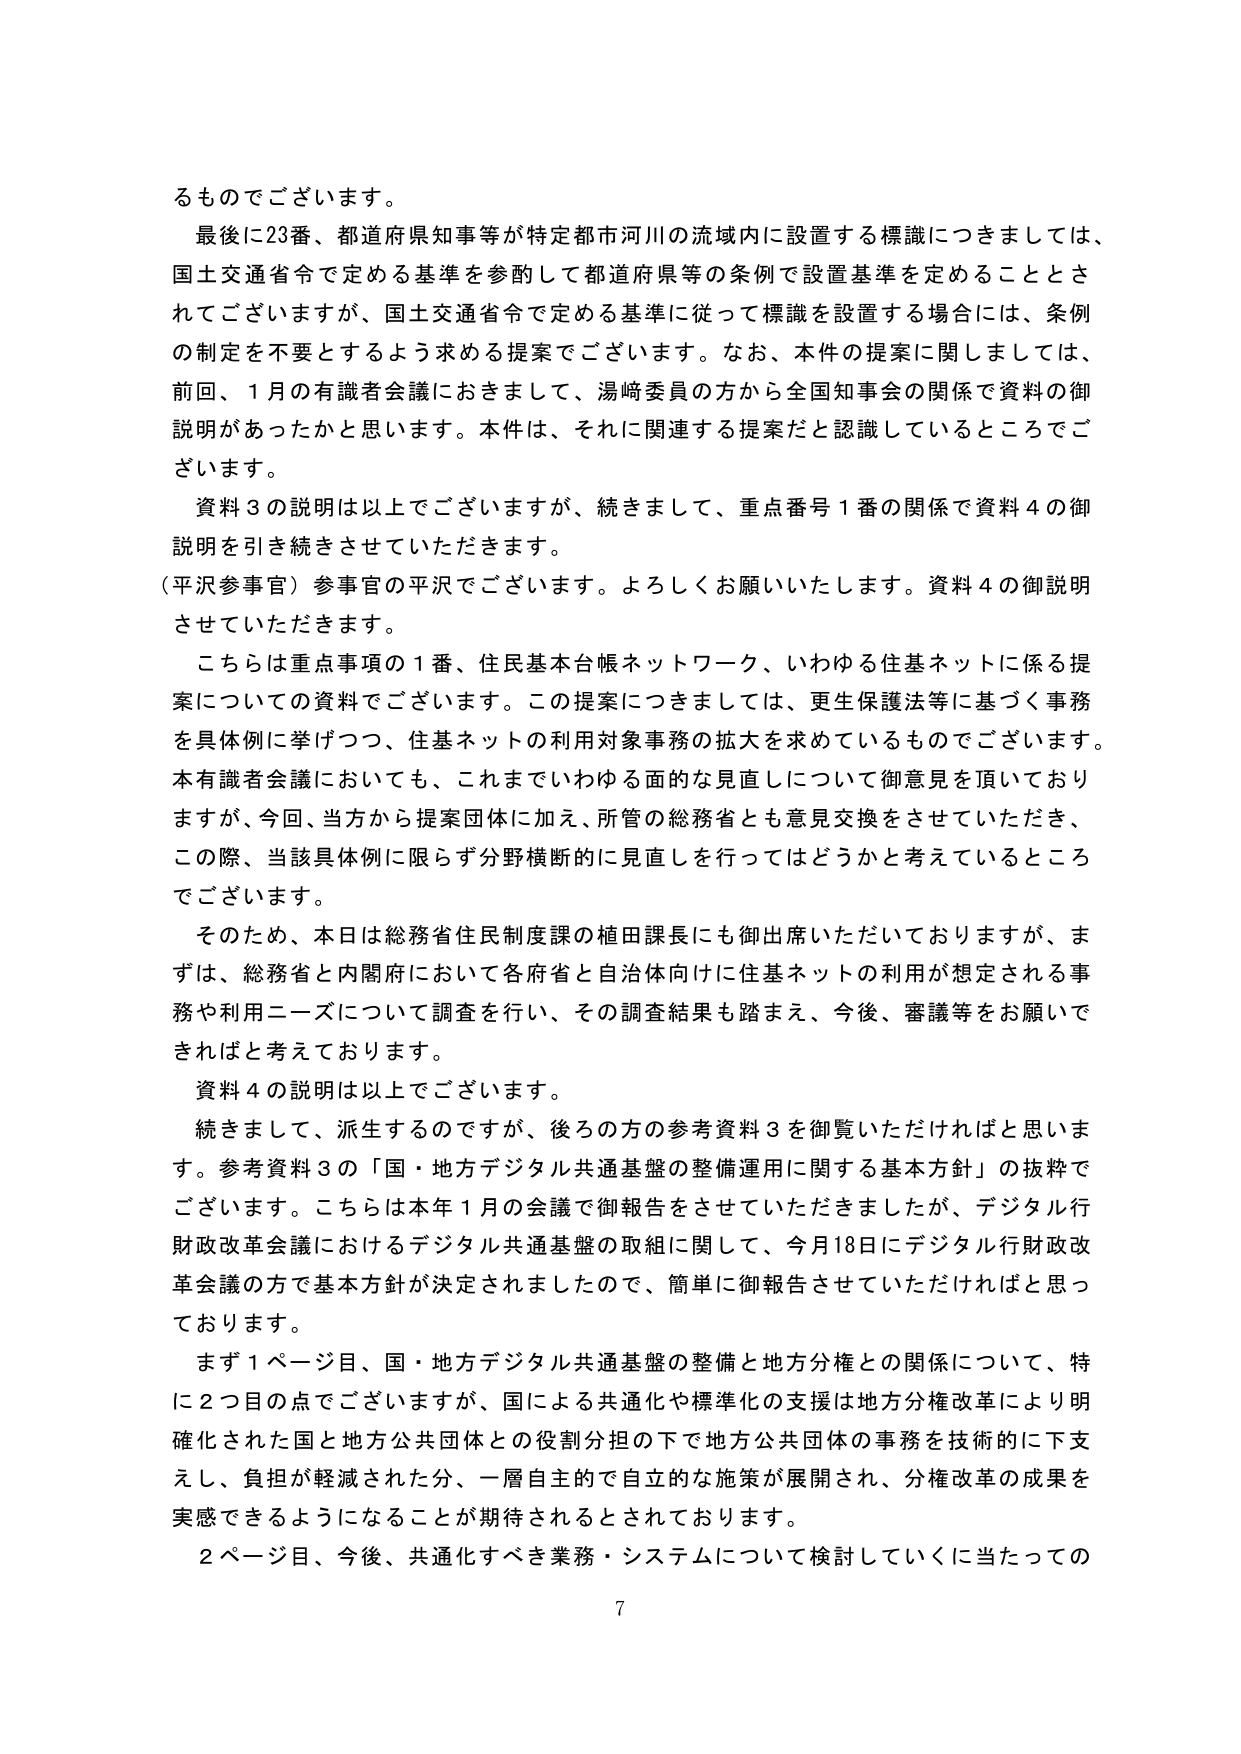
るものでございます。

最後に23番、都道府県知事等が特定都市河川の流域内に設置する標識につきましては、
国土交通省令で定める基準を参酌して都道府県等の条例で設置基準を定めることとさ
れてございますが、国土交通省令で定める基準に従って標識を設置する場合には、条例
の制定を不要とするよう求める提案でございます。なお、本件の提案に関しましては、
前回、1月の有識者会議におきまして、湯崎委員の方から全国知事会の関係で資料の御
説明があったかと思います。本件は、それに関連する提案だと認識しているところでご
ざいます。

資料3の説明は以上でございますが、続きまして、重点番号1番の関係で資料4の御
説明を引き続きさせていただきます。
（平沢参事官）参事官の平沢でございます。よろしくお願いいたします。資料4の御説明
させていただきます。

こちらは重点事項の1番、住民基本台帳ネットワーク、いわゆる住基ネットに係る提
案についての資料でございます。この提案につきましては、更生保護法等に基づく事務
を具体例に挙げつつ、住基ネットの利用対象事務の拡大を求めているものでございます。
本有識者会議においても、これまでいわゆる面的な見直しについて御意見を頂いており
ますが、今回、当方から提案団体に加え、所管の総務省とも意見交換をさせていただき、
この際、当該具体例に限らず分野横断的に見直しを行ってはどうかと考えているところ
でございます。

そのため、本日は総務省住民制度課の植田課長にも御出席いただいておりますが、ま
ずは、総務省と内閣府において各府省と自治体向けに住基ネットの利用が想定される事
務や利用ニーズについて調査を行い、その調査結果も踏まえ、今後、審議等をお願いで
きればと考えております。

資料4の説明は以上でございます。

続きまして、派生するのですが、後ろの方の参考資料3を御覧いただければと思いま
す。参考資料3の「国・地方デジタル共通基盤の整備運用に関する基本方針」の抜粋で
ございます。こちらは本年1月の会議で御報告をさせていただきましたが、デジタル行
財政改革会議におけるデジタル共通基盤の取組に関して、今月18日にデジタル行財政改
革会議の方で基本方針が決定されましたので、簡単に御報告させていただければと思っ
ております。

まず1ページ目、国・地方デジタル共通基盤の整備と地方分権との関係について、特
に2つ目の点でございますが、国による共通化や標準化の支援は地方分権改革により明
確化された国と地方公共団体との役割分担の下で地方公共団体の事務を技術的に下支
えし、負担が軽減された分、一層自主的で自立的な施策が展開され、分権改革の成果を
実感できるようになることが期待されるとうかされております。

2ページ目、今後、共通化すべき業務・システムについて検討していくに当たっての

7